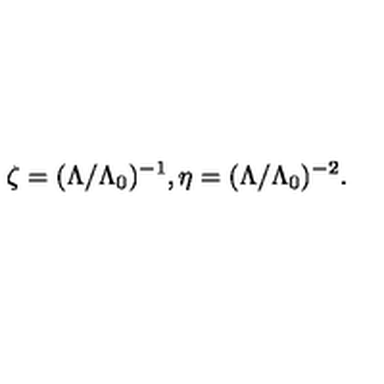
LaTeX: \zeta = ( \Lambda / \Lambda _ { 0 } ) ^ { - 1 } , \eta = ( \Lambda / \Lambda _ { 0 } ) ^ { - 2 } .